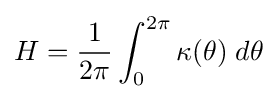
H={\frac {1}{2\pi }}\int _{0}^{2\pi }\kappa (\theta )\;d\theta